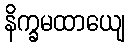
နိက္ခမထာယျေ